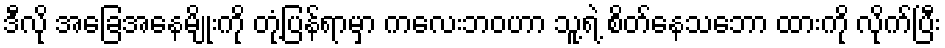
ဒီလို အခြေအနေမျိုးကို တုံ့ပြန်ရာမှာ ကလေးဘဝဟာ သူ့ရဲ့ စိတ်နေသဘော ထားကို လိုက်ပြီး